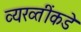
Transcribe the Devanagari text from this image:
व्यख्तींकडे